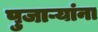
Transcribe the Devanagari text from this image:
पुजाऱ्यांना